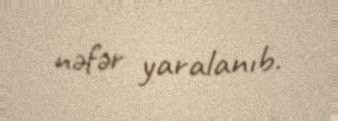
nəfər yaralanıb.